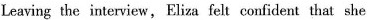
Leaving the interview, Eliza felt confident that she